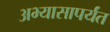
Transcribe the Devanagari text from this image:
अभ्यासापर्यंत